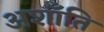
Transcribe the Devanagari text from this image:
अशाँति